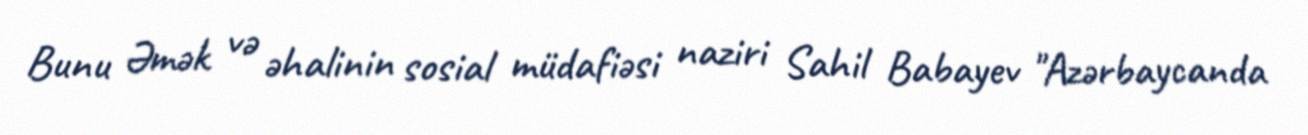
Bunu Əmək və əhalinin sosial müdafiəsi naziri Sahil Babayev "Azərbaycanda